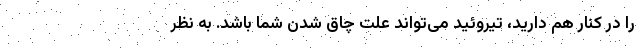
را در کنار هم دارید، تیروئید می‌تواند علت چاق شدن شما باشد. به نظر